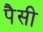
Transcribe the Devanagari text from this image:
पैसी